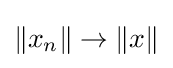
\lVert x_{n}\rVert \to \lVert x\rVert